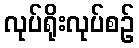
လုပ်ရိုးလုပ်စဉ်